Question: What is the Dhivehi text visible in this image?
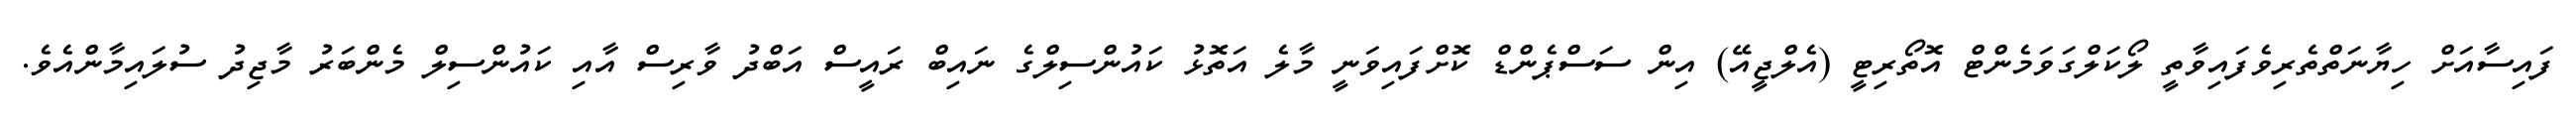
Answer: ފައިސާއަށް ހިޔާނަތްތެރިވެފައިވާތީ ލޯކަލްގަވަމެންޓް އޮތޯރިޓީ (އެލްޖީއޭ) އިން ސަސްޕެންޑް ކޮށްފައިވަނީ މާލެ އަތޮޅު ކައުންސިލްގެ ނައިބް ރައީސް އަބްދު ވާރިސް އާއި ކައުންސިލް މެންބަރު މާޖިދު ސުލައިމާންއެވެ.